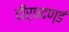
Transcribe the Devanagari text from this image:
दीर्घदण्डं